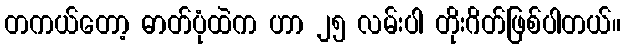
တကယ်တော့ ဓာတ်ပုံထဲက ဟာ ၂၅ လမ်းပါ တိုးဂိတ်ဖြစ်ပါတယ်။